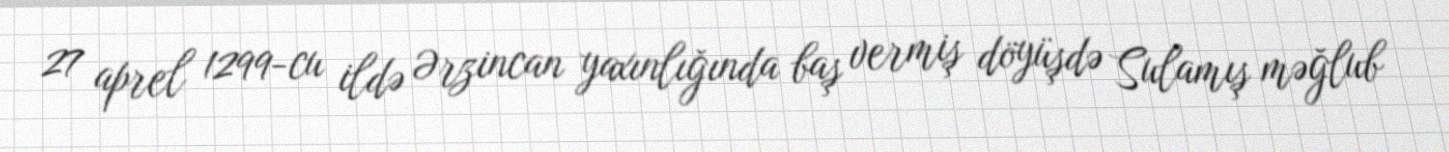
27 aprel 1299-cu ildə Ərzincan yaxınlığında baş vermiş döyüşdə Sulamış məğlub